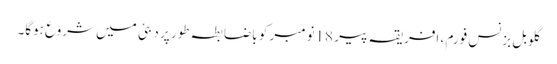
گلوبل بزنس فورم ، افریقہ پیر 18نومبر کو باضابطہ طور پر دبئی میں شروع ہوگا۔